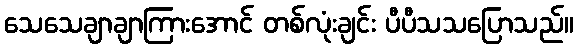
သေသေချာချာကြားအောင် တစ်လုံးချင်း ပီပီသသပြောသည်။